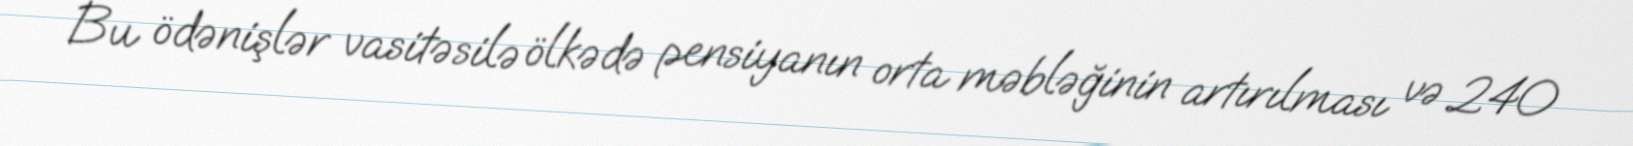
Bu ödənişlər vasitəsilə ölkədə pensiyanın orta məbləğinin artırılması və 240